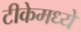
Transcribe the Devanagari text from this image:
टीकेमध्ये